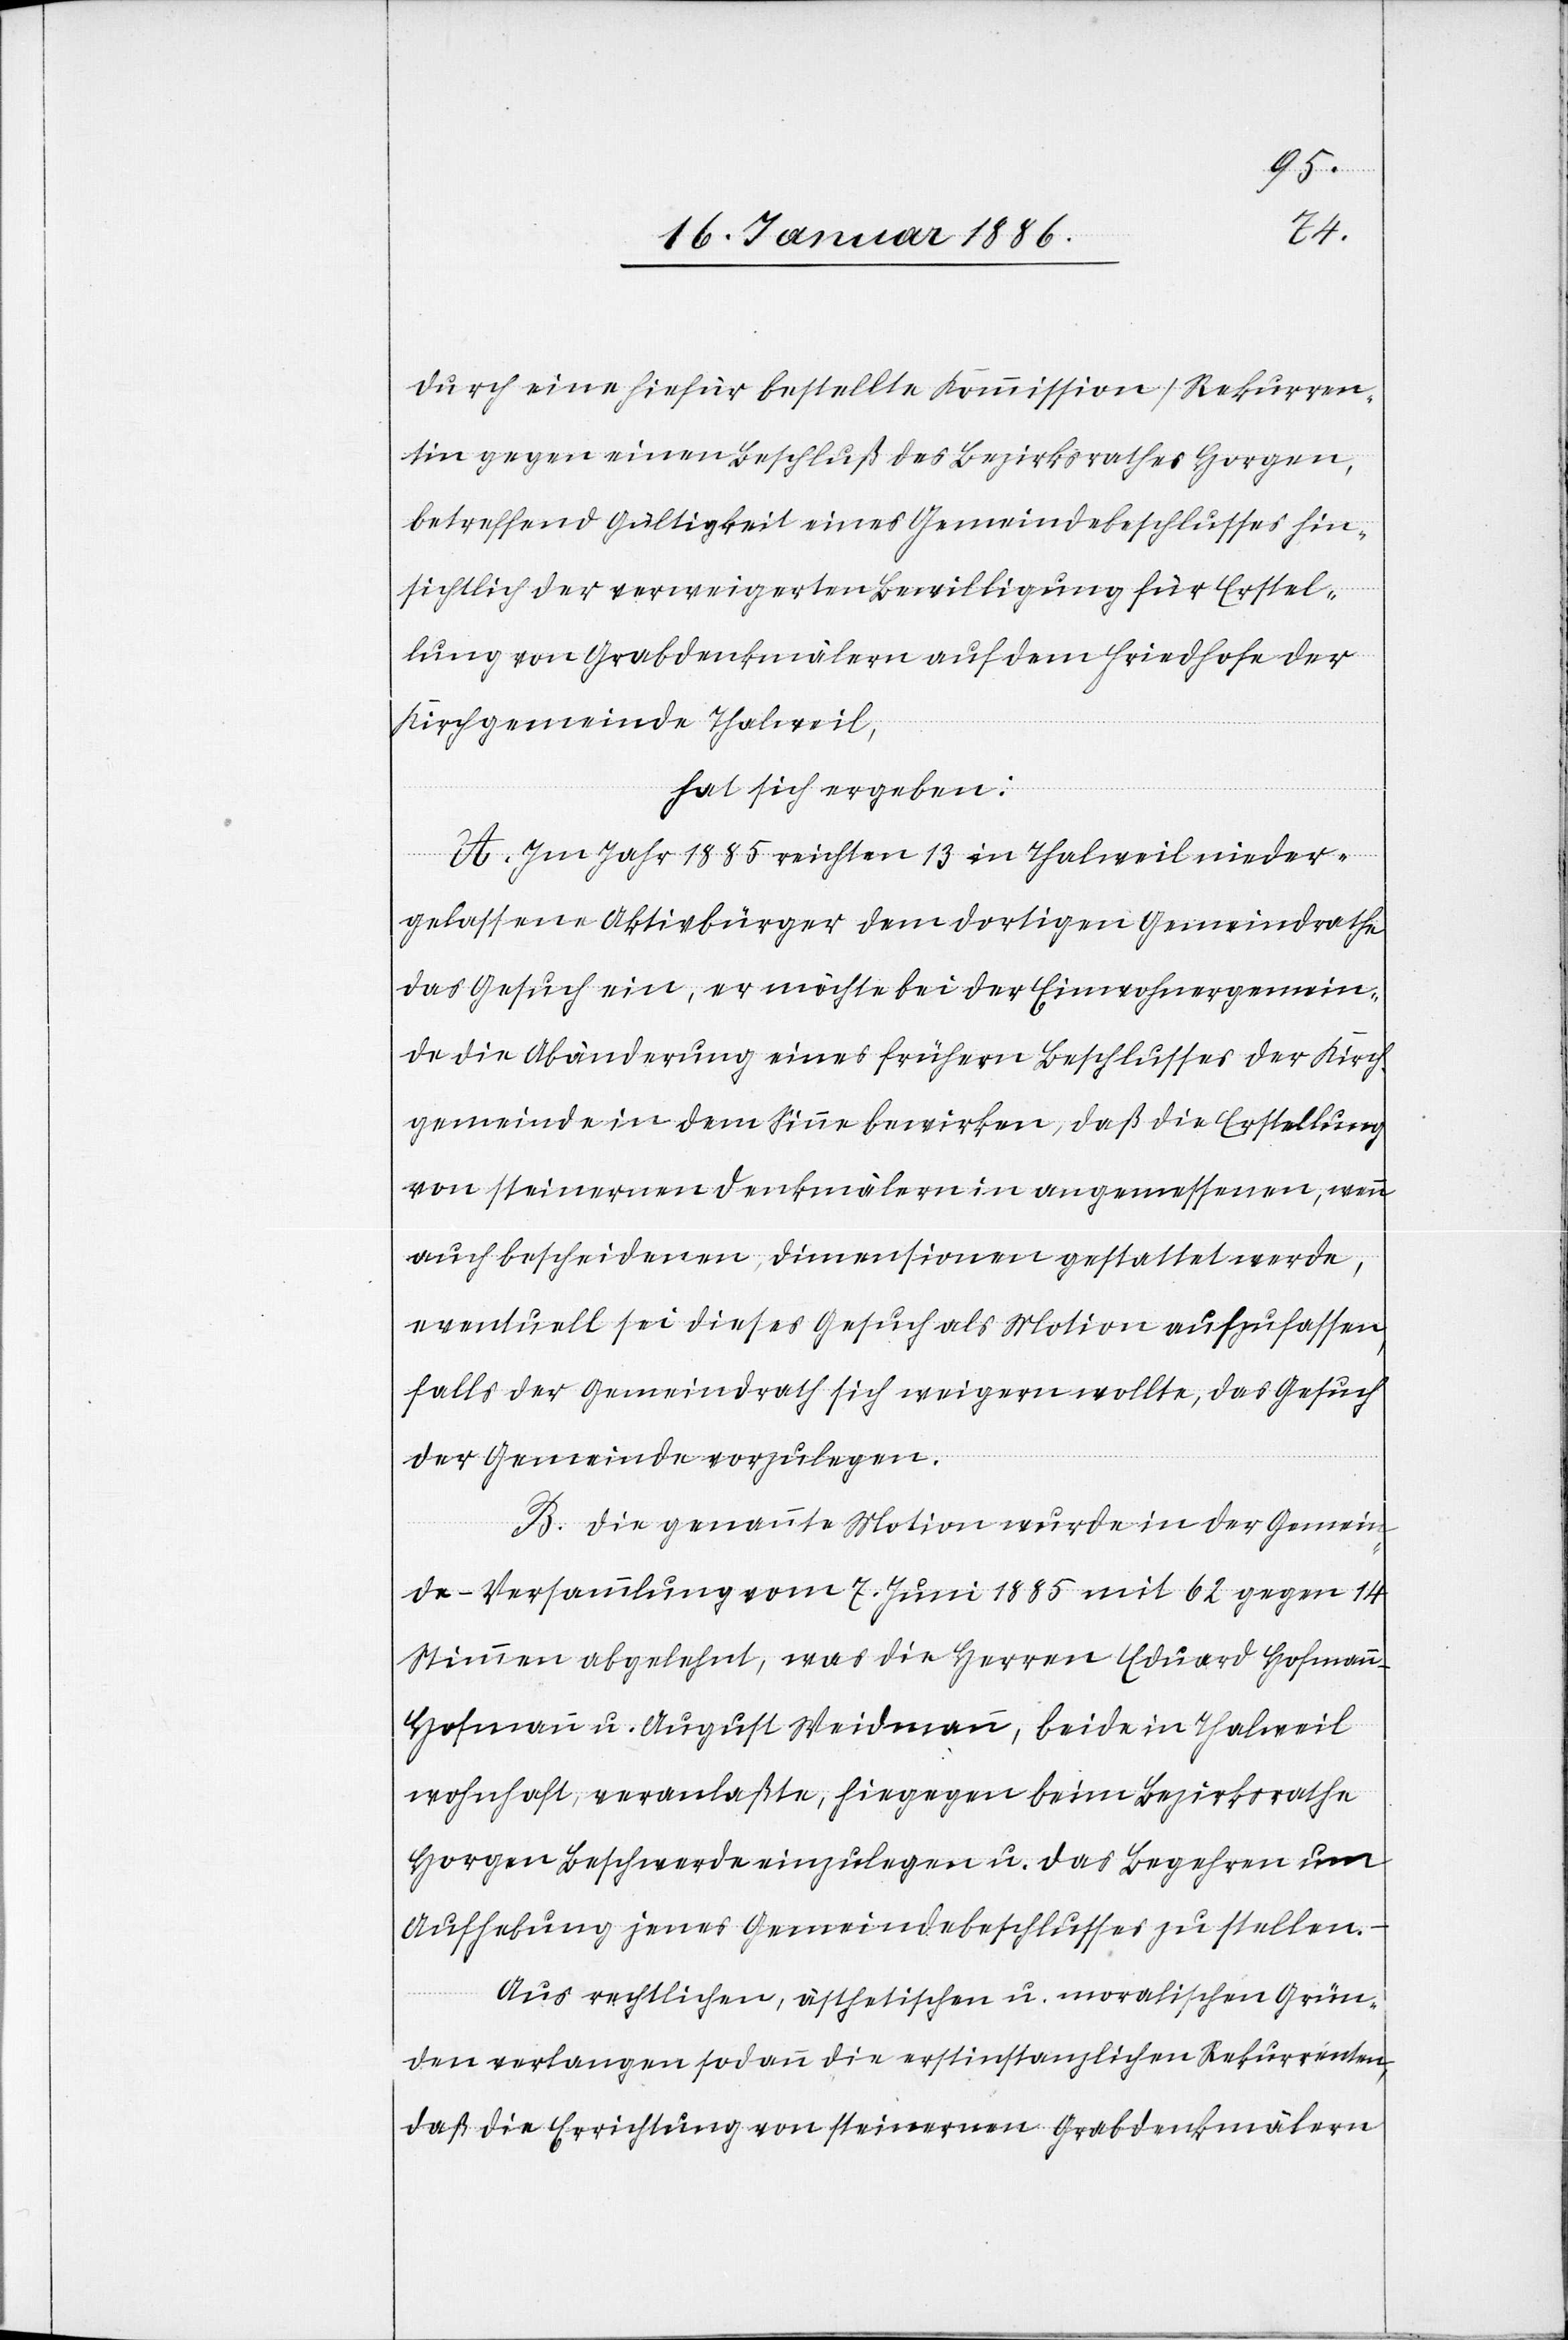
durch eine hiefür bestellte Kommission) Rekurren¬
tin gegen einen Beschluß des Bezirksrathes Horgen,
betreffend Gültigkeit eines Gemeindebeschlusses hin¬
sichtlich der verweigerten Bewilligung für Erstel¬
lung von Grabdenkmälern auf dem Friedhofe der
Kirchgemeinde Thalweil,
hat sich ergeben:
A. Im Jahr 1885 richten 13 in Thalweil nieder¬
gelassene Aktivbürger dem dortigen Gemeindrathe
das Gesuch ein, er möchte bei der Einwohnergemein¬
de die Abänderung eines frühern Beschlusses der Kirch¬
gemeinde in dem Sinne bewirken, daß die Erstellung
von steinernen Denkmälern in angemessenen, a¬
uch bescheidenen, Dimensionen gestattet werden,
eventuell sei dieses Gesuch als Motion aufzufassen,
falls der Gemeindrath sich weigern wollte, das Gesuch
der Gemeinde vorzulegen.
B. Die genannte Motion wurde in der Gemein¬
de-Versammlung vom 7. Juni 1885 mit 62 gegen 14
Stimmen abgelehnt, was die Herren Eduard Hofman¬
n-Hofmann u. August Weidmann, beide in Thalweil
wohnhaft, veranlaßte, hiegegen beim Bezirksrathe
Horgen Beschwerde einzulegen u. das Begehren um
Aufhebung jenes Gemeindebeschlusses zu stellen.
Aus rechtlichen, ästhetischen u. moralischen Grün¬
den verlangen sodann die erstinstanzlichen Rekurrenten,
daß die Errichtung von steinernen Grabdenkmälern